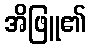
အိဖြူ၏